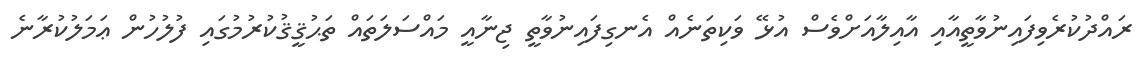
ރައްދުކުރެވިފައިނުވާތީއާއި އާއިލާއަށްވެސް އުޅޭ ވަކިތަނެއް އެނގިފައިނުވާތީ ޖިނާއީ މައްސަލަތައް ތަޙުޤީޤުކުރުމުގައި ފުލުހުން ޢަމަލުކުރާނެ